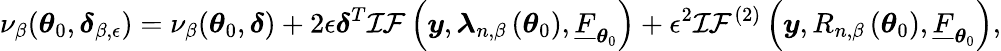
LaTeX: \nu_{\beta}(\boldsymbol{\theta}_{0},\boldsymbol{\delta}_{\beta,\epsilon})=\nu_{\beta}(\boldsymbol{\theta}_{0},\boldsymbol{\delta})+2\epsilon\boldsymbol{\delta}^{T}\mathcal{IF}\left(\boldsymbol{y},\boldsymbol{\lambda}_{n,\beta}\left(\boldsymbol{\theta}_{0}\right),\underline{{F}}_{\boldsymbol{\theta}_{0}}\right)+\epsilon^{2}\mathcal{IF}^{(2)}\left(\boldsymbol{y},R_{n,\beta}\left(\boldsymbol{\theta}_{0}\right),\underline{{F}}_{\boldsymbol{\theta}_{0}}\right),